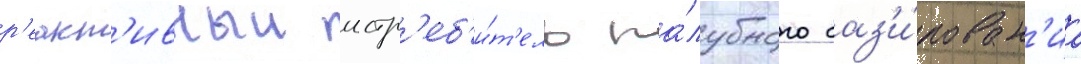
р'еакт'ивныи истр'еб'и́т'ель па́лубного баз'и́рован'иа